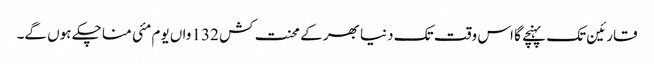
قارئین تک پہنچے گا اس وقت تک دنیا بھر کے محنت کش 132 واں یوم مئی منا چکے ہوں گے۔